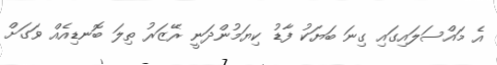
އެ މައްސަލައިގައި ގިނަ ބަޔަކު ފާޑު ކިޔަމުންދަނީ ރޭޒަރު ތިލަ ބޮނޑިއެއް ވަގަށް